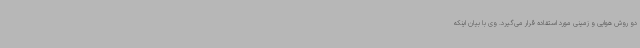
دو روش هوایی و زمینی مورد استفاده قرار می‌گیرد. وی با بیان اینکه